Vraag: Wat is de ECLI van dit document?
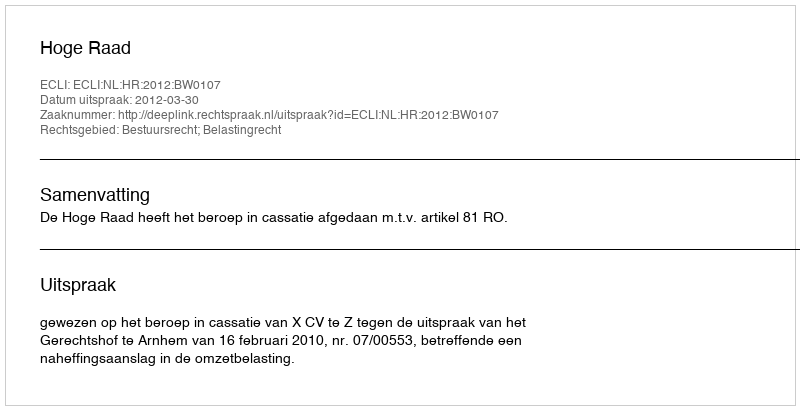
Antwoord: ECLI:NL:HR:2012:BW0107